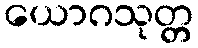
ယောဂသုတ္တ